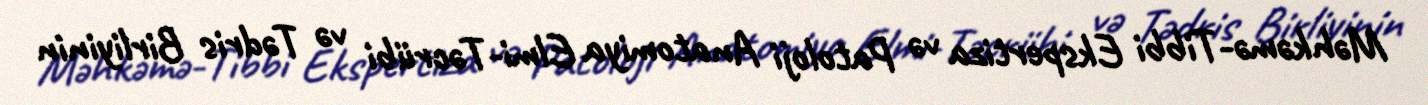
Məhkəmə-Tibbi Ekspertiza və Patoloji Anatomiya Elmi-Təcrübi və Tədris Birliyinin